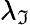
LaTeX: \lambda_{\mathfrak{I}}